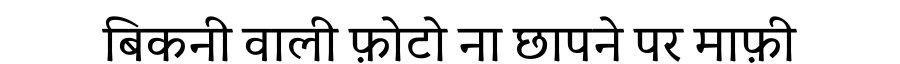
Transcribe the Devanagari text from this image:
बिकनी वाली फ़ोटो ना छापने पर माफ़ी